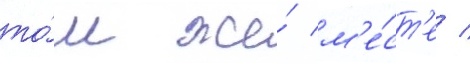
то́м же́ м'е́ст'е /